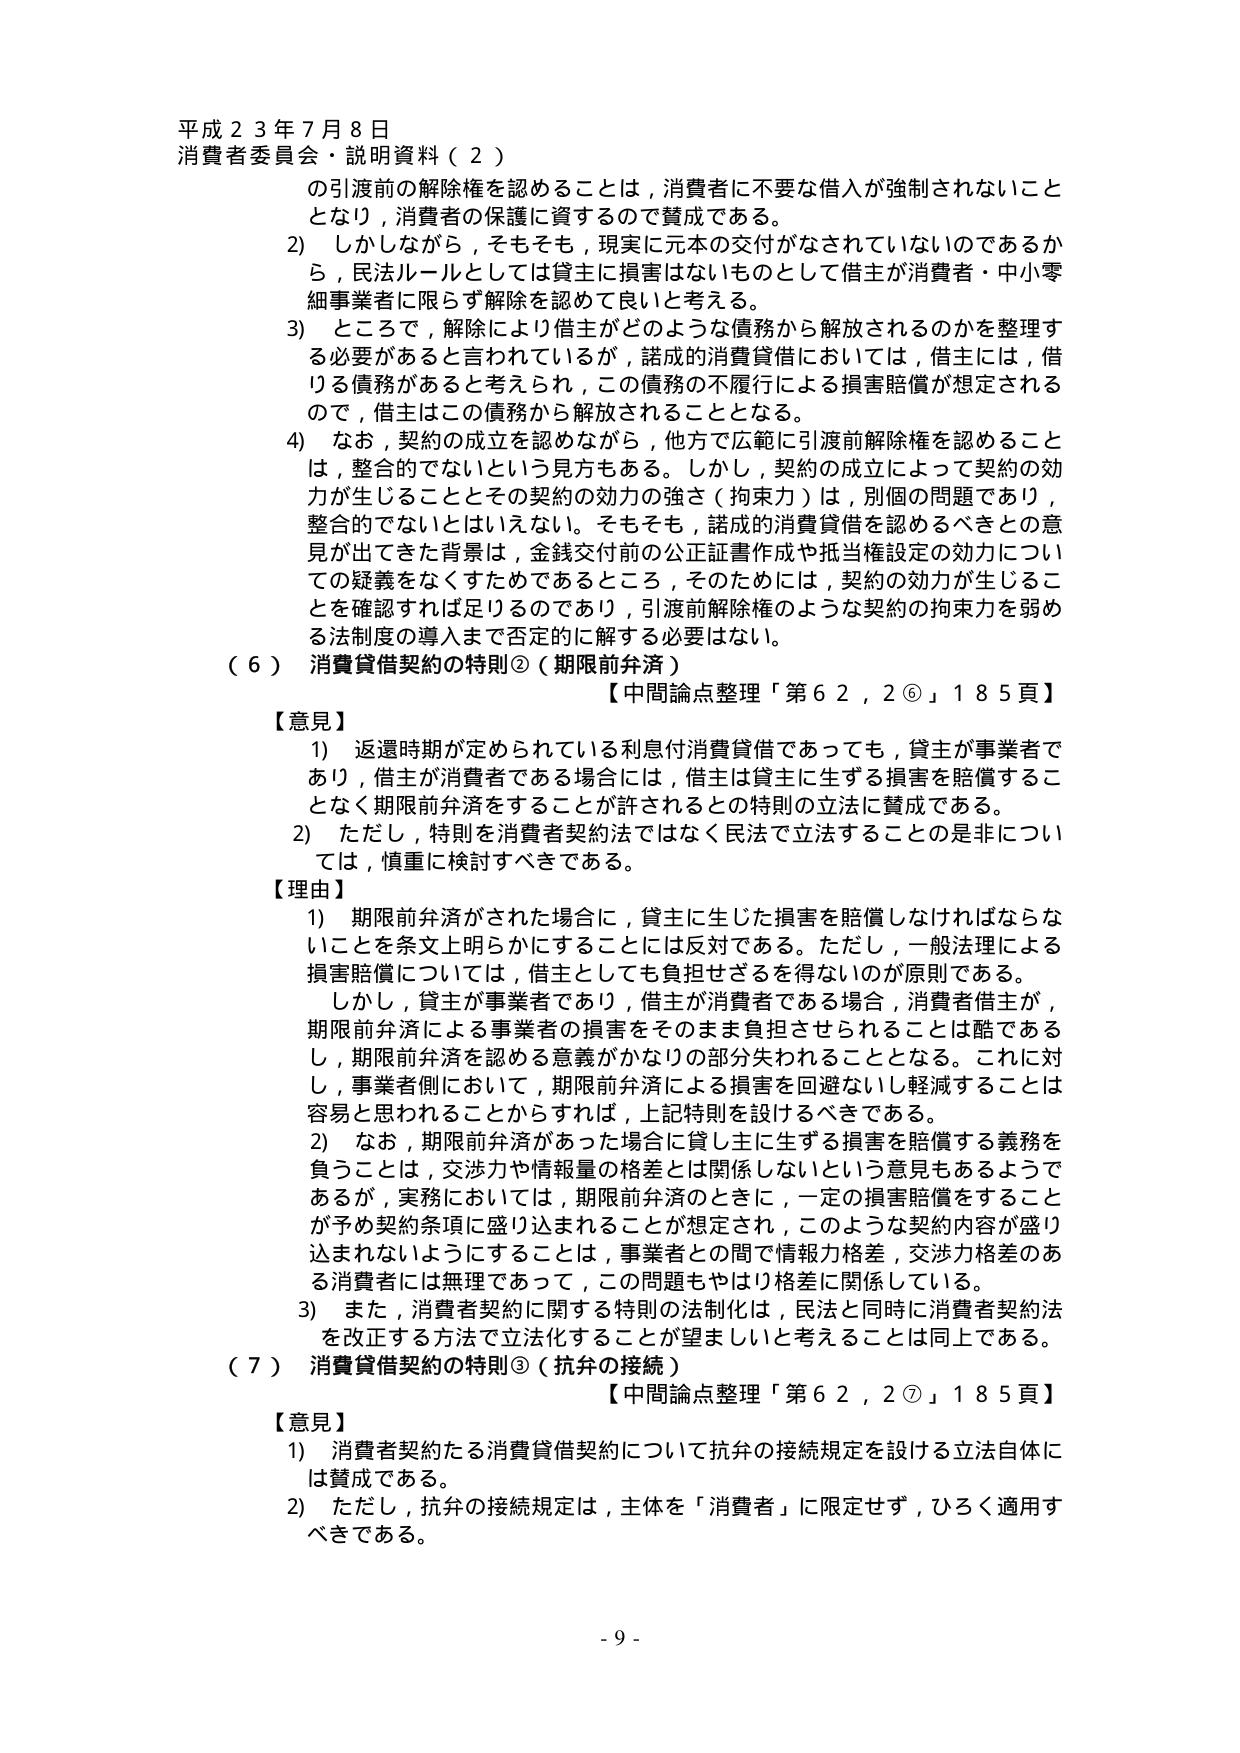
平成２３年７月８日
消費者委員会・説明資料（２）

の引渡前の解除権を認めることは，消費者に不要な借入が強制されないこととなり，消費者の保護に資するので賛成である。
2) しかしながら，そもそも，現実に元本の交付がなされていないのであるから，民法ルールとしては貸主に損害はないものとして借主が消費者・中小零細事業者に限らず解除を認めて良いと考える。
3) ところで，解除により借主がどのような債務から解放されるのかを整理する必要があると言われているが，諾成の消費貸借においては，借主には，借りる債務があると考えられ，この債務の不履行による損害賠償が想定されるので，借主はこの債務から解放されることとなる。
4) なお，契約の成立を認めながら，他方で広範に引渡前解除権を認めることは，整合的でないという見方もある。しかし，契約の成立によって契約の効力が生じることとその契約の効力の強さ（拘束力）は，別個の問題であり，整合的でないとはいえない。そもそも，諾成の消費貸借を認めるべきとの意見が出てきた背景は，金銭交付前の公正証書作成や抵当権設定の効力についての疑義をなくすためであるところ，そのためには，契約の効力が生じることを確認すれば足りるのであり，引渡前解除権のような契約の拘束力を弱める法制度の導入まで否定的に解する必要はない。

（６）消費貸借契約の特則②（期限前弁済）
【中間論点整理「第６２，２⑥」１８５頁】

【意見】
1) 返還時期が定められている利息付消費貸借であっても，貸主が事業者であり，借主が消費者である場合には，借主は貸主に生ずる損害を賠償することなく期限前弁済をすることが許されるとの特別の立法に賛成である。
2) ただし，特則を消費者契約法ではなく民法で立法することの是非については，慎重に検討すべきである。

【理由】
1) 期限前弁済がされた場合に，貸主に生じた損害を賠償しなければならないことを条文上明らかにすることには反対である。ただし，一般法理による損害賠償については，借主としても負担せざるを得ないのが原則である。
しかし，貸主が事業者であり，借主が消費者である場合，消費者借主が，期限前弁済による事業者の損害をそのまま負担させられることは酷であるし，期限前弁済を認める意義がかなりの部分失われることとなる。これに対し，事業者側において，期限前弁済による損害を回避ないし軽減することは容易と思われることからすれば，上記特則を設けるべきである。
2) なお，期限前弁済があった場合に貸し主に生ずる損害を賠償する義務を負うことは，交渉力や情報量の格差とは関係しないという意見もあるようであるが，実務においては，期限前弁済のときに，一定の損害賠償をすることが予め契約条項に盛り込まれることが想定され，このような契約内容が盛り込まれないようにすることは，事業者との間で情報力格差，交渉力格差のある消費者には無理であって，この問題もやはり格差に関係している。
3) また，消費者契約に関する特則の法制化は，民法と同時に消費者契約法を改正する方法で立法化することが望ましいと考えることは同上である。

（７）消費貸借契約の特則③（抗弁の接続）
【中間論点整理「第６２，２⑦」１８５頁】

【意見】
1) 消費者契約たる消費貸借契約について抗弁の接続規定を設ける立法自体には賛成である。
2) ただし，抗弁の接続規定は，主体を「消費者」に限定せず，ひろく適用すべきである。

- 9 -